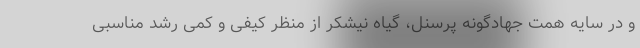
و در سایه همت جهادگونه پرسنل، گیاه نیشکر از منظر کیفی و کمی رشد مناسبی